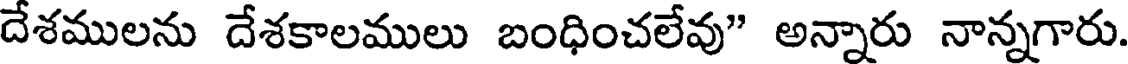
దేశములను దేశకాలములు బంధించలేవు" అన్నారు నాన్నగారు.